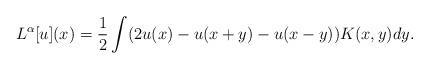
LaTeX: \begin{align*}L^\alpha[u](x) = \frac{1}{2} \int (2u(x) - u(x+y) - u(x-y))K(x,y)dy .\end{align*}